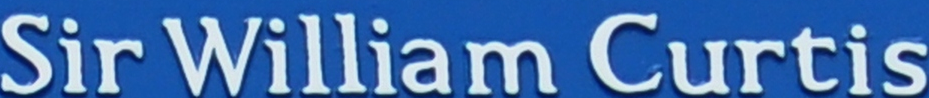
Sir William Curtis